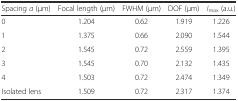
| Spacing a (μm) | Focal length (μm) | FWHM (μm) | DOF (μm) | Imax (a.u.) |
 | --- | --- | --- | --- | --- |
 | 0 | 1.204 | 0.62 | 1.919 | 1.226 |
 | 1 | 1.375 | 0.66 | 2.090 | 1.544 |
 | 2 | 1.545 | 0.72 | 2.559 | 1.395 |
 | 3 | 1.545 | 0.70 | 2.132 | 1.435 |
 | 4 | 1.503 | 0.72 | 2.474 | 1.349 |
 | Isolated lens | 1.509 | 0.72 | 2.317 | 1.374 |